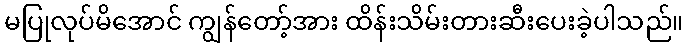
မပြုလုပ်မိအောင် ကျွန်တော့်အား ထိန်းသိမ်းတားဆီးပေးခဲ့ပါသည်။